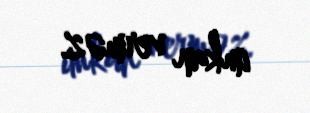
imkan verməz.